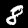
Label: 8